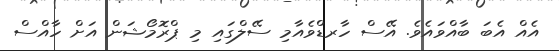
އެއް އެބަ ބާއްވައެވެ. އޭސް ހާރޑްވެއާމި ސޭލްގައި މި ޕްރޮމޯޝަން އަށް ހާއްސް